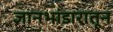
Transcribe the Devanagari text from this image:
ज्ञानभांडारातून